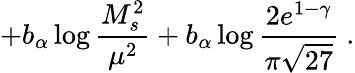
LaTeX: +b_{\alpha}\log\frac{M_{s}^{2}}{\mu^{2}}+b_{\alpha}\log\frac{2e^{1-\gamma}}{\pi\sqrt{27}}\ .